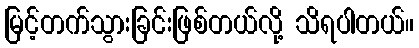
မြင့်တက်သွားခြင်းဖြစ်တယ်လို့ သိရပါတယ်။